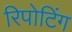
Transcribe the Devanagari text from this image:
रिपोटिंग